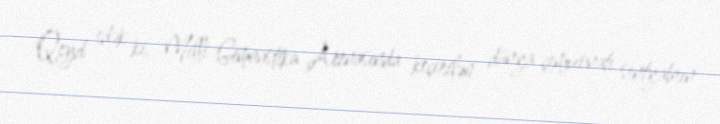
Qeyd edək ki, Milli Gimnastika Arenasında keçirilən dünya çempionatı sentyabrın